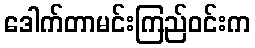
ဒေါက်တာမင်းကြည်ဝင်းက